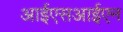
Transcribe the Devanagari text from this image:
आईएसआईएन